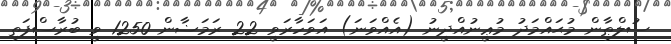
ސުލްޠާން މުޙައްމަދު މުޢީނުއްދީނު (އެއްވަނަ) އަވަހާރަވީ 22 ރަމަޟާން 1250 ވީ ބުރާސްފަތި